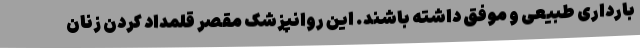
بارداری طبیعی و موفق داشته باشند. این روانپزشک مقصر قلمداد کردن زنان